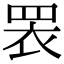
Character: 𭾱